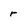
Character: r